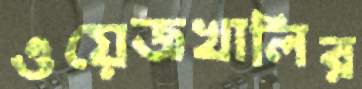
ওয়েজখালির